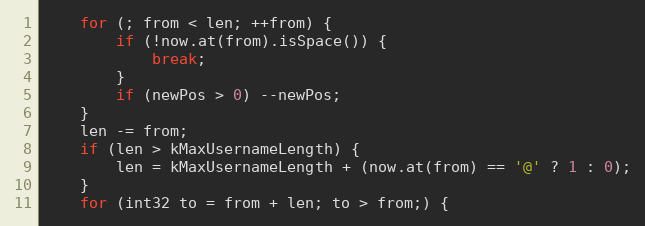
Language: C++
	for (; from < len; ++from) {
		if (!now.at(from).isSpace()) {
			break;
		}
		if (newPos > 0) --newPos;
	}
	len -= from;
	if (len > kMaxUsernameLength) {
		len = kMaxUsernameLength + (now.at(from) == '@' ? 1 : 0);
	}
	for (int32 to = from + len; to > from;) {